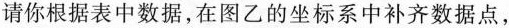
请你根据表中数据，在图乙的坐标系中补齐数据点，